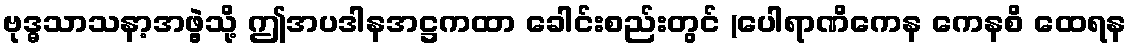
ဗုဒ္ဓသာသနာ့အဖွဲ့သို့ ဤအပဒါနအဋ္ဌကထာ ခေါင်းစည်းတွင် (ပေါရာဏိကေန ကေနစိ ထေရန